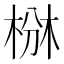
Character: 椕